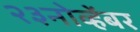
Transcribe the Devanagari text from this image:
२३नोव्हेंबर